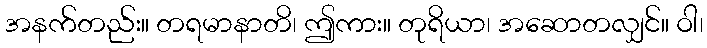
အနက်တည်း။ တရမာနာတိ၊ ဤကား။ တုရိယာ၊ အဆောတလျှင်။ ဝါ၊